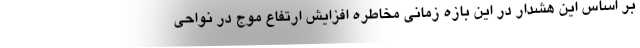
بر اساس این هشدار در این بازه زمانی مخاطره افزایش ارتفاع موج در نواحی